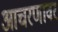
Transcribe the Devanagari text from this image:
आचरणावर